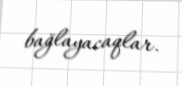
bağlayacaqlar.